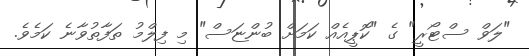
"ލަވް ސްޓޯރީ" ގެ "ކޮޕީއެއް ކަމަށް ބުންޏަސް" މި ފިލްމު ތަފާތުވާނެ ކަމެވެ.